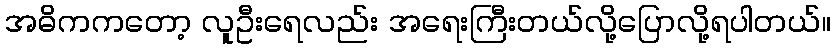
အဓိကကတော့ လူဦးရေလည်း အရေးကြီးတယ်လို့ပြောလို့ရပါတယ်။